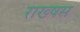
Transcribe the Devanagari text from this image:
राख्षस